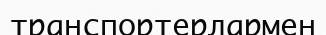
транспортерлармен